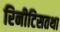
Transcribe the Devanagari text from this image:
रिनीटिसतथा